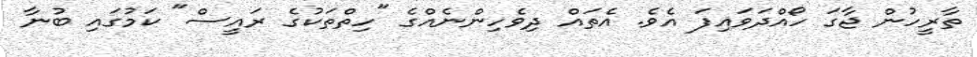
ތާރީހުން ޖާގަ ހޯއްދަވައިފަ އެވެ. އެތައް ދިވެހިންނެއްގެ "ހިތްތަކުގެ ރައީސް" ކަމުގައި ބުނާ